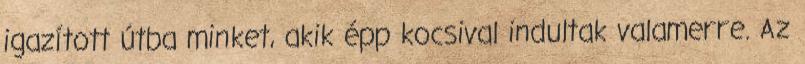
igazított útba minket, akik épp kocsival indultak valamerre. Az